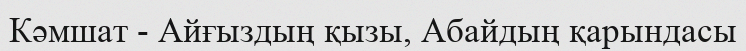
Кәмшат - Айғыздың қызы, Абайдың қарындасы